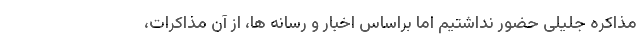
مذاکره جلیلی حضور نداشتیم اما براساس اخبار و رسانه ها، از آن مذاکرات،